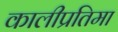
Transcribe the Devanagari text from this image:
कालीप्रतिमा